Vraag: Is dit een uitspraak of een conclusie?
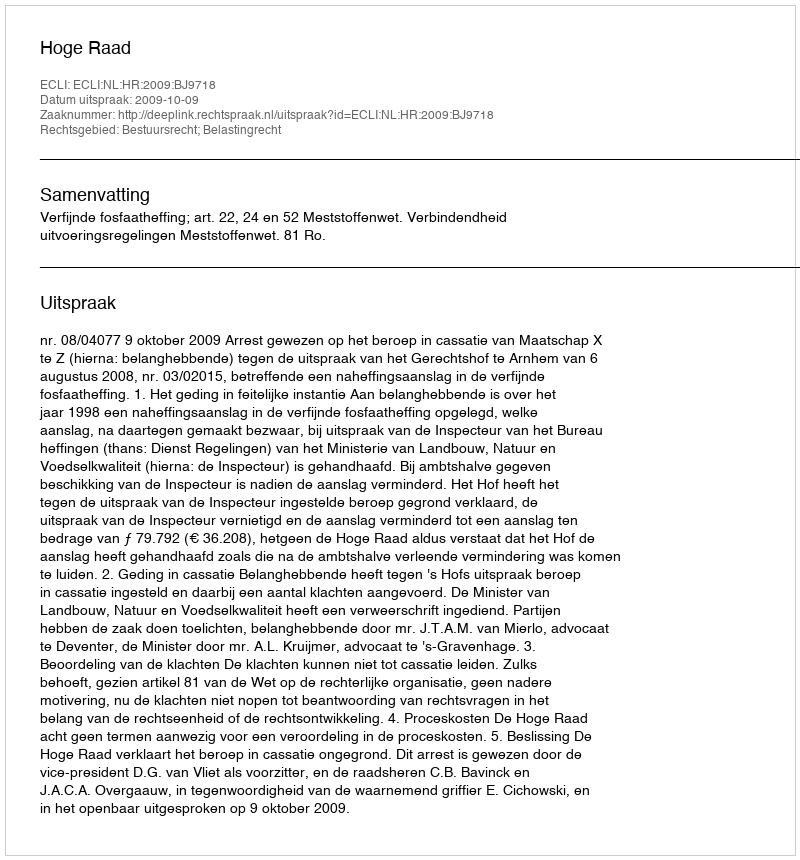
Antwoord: Uitspraak